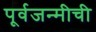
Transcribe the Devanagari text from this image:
पूर्वजन्मीची